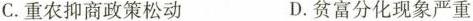
C.重农抑商政策松动 D.贫富分化现象严重